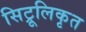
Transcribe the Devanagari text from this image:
सिट्रूलिकृत